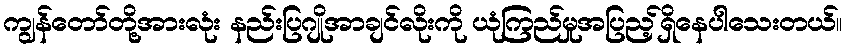
ကျွန်တော်တို့အားလုံး နည်းပြဂျိုအာချင်လိုးကို ယုံကြည်မှုအပြည့်ရှိနေပါသေးတယ်။